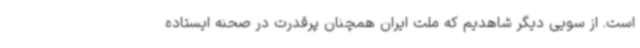
است. از سویی دیگر شاهدیم که ملت ایران همچنان پرقدرت در صحنه ایستاده